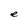
Character: e